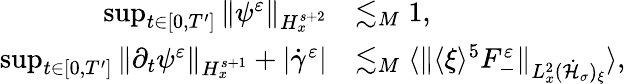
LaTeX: \begin{array}{rl}{\operatorname*{sup}_{t\in[0,T^{\prime}]}\| \psi^{\varepsilon}\| _{H_{x}^{s+2}}}&{\lesssim_{M}1,}\\ {\operatorname*{sup}_{t\in[0,T^{\prime}]}\| \partial_{t}\psi^{\varepsilon}\| _{H_{x}^{s+1}}+|\dot{\gamma}^{\varepsilon}|}&{\lesssim_{M}\langle\| \langle\xi\rangle^{5}F_{-}^{\varepsilon}\| _{L_{x}^{2}(\dot{\mathcal H}_{\sigma})_{\xi}}\rangle,}\end{array}